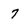
Character: 7